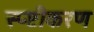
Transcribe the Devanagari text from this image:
स्प्ष्टीकरण